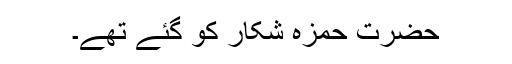
حضرت حمزہؓ شکار کو گئے تھے۔